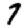
Digit: 7